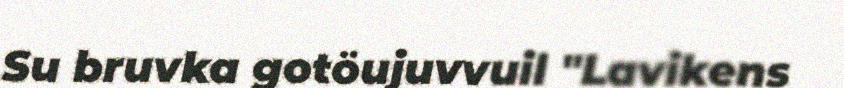
Su bruvka gotöujuvvuil "Lavikens